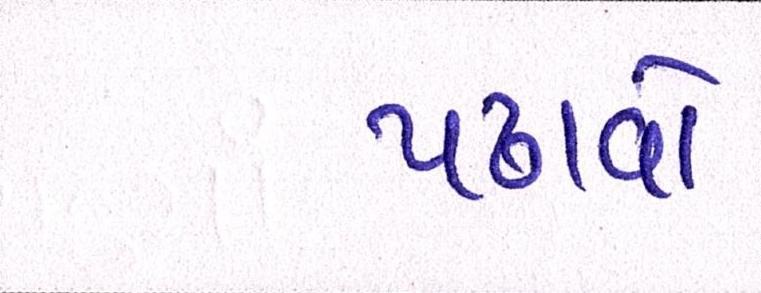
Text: પઢાવો